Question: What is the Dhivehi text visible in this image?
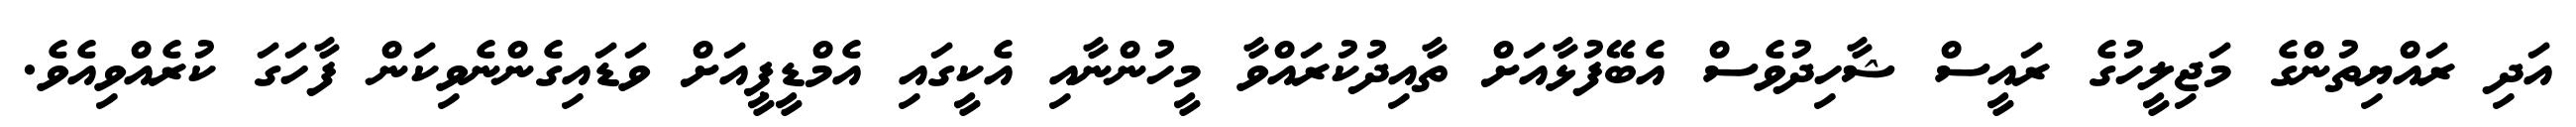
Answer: އަދި ރައްޔިތުންގެ މަޖިލީހުގެ ރައީސް ޝާހިދުވެސް އެބޭފުޅާއަށް ތާއިދުކުރައްވާ މީހުންނާއި އެކީގައި އެމްޑީޕީއަށް ވަޑައިގެންނެވިކަން ފާހަގަ ކުރެއްވިއެވެ.